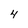
Character: 4